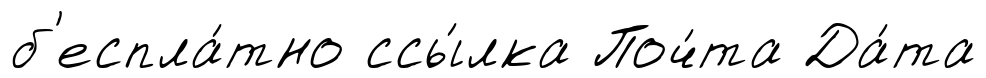
б'еспла́тно ссы́лка Поч́та Да́та